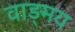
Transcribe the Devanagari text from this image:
वाड़्मय